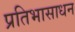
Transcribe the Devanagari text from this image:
प्रतिभासाधन